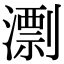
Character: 𣿖